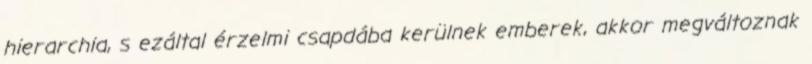
hierarchia, s ezáltal érzelmi csapdába kerülnek emberek, akkor megváltoznak